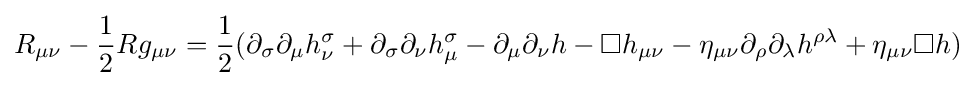
R_{\mu \nu }-{\frac {1}{2}}Rg_{\mu \nu }={\frac {1}{2}}(\partial _{\sigma }\partial _{\mu }h_{\nu }^{\sigma }+\partial _{\sigma }\partial _{\nu }h_{\mu }^{\sigma }-\partial _{\mu }\partial _{\nu }h-\square h_{\mu \nu }-\eta _{\mu \nu }\partial _{\rho }\partial _{\lambda }h^{\rho \lambda }+\eta _{\mu \nu }\square h)